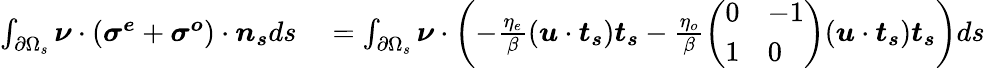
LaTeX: \begin{array}{rl}{\int_{\partial\Omega_{s}}\boldsymbol{\nu}\cdot(\boldsymbol{\sigma^{e}}+\boldsymbol{\sigma^{o}})\cdot\boldsymbol{n_{s}}ds}&{{}=\int_{\partial\Omega_{s}}\boldsymbol{\nu}\cdot\left(-\frac{\eta_{e}}{\beta}(\boldsymbol{u}\cdot\boldsymbol{t_{s}})\boldsymbol{t_{s}}-\frac{\eta_{o}}{\beta}\left(\begin{array}{ll}{0}&{-1}\\ {1}&{0}\end{array}\right)(\boldsymbol{u}\cdot\boldsymbol{t_{s}})\boldsymbol{t_{s}}\right)ds}\end{array}